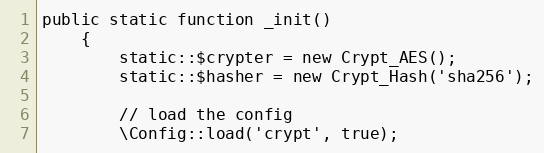
Language: PHP
public static function _init()
	{
		static::$crypter = new Crypt_AES();
		static::$hasher = new Crypt_Hash('sha256');

		// load the config
		\Config::load('crypt', true);